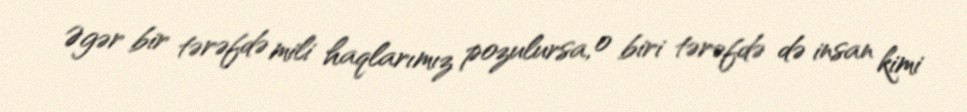
Əgər bir tərəfdə mili haqlarımız pozulursa, o biri tərəfdə də insan kimi